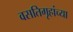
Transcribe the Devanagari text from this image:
वसतिगृहांच्या